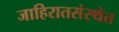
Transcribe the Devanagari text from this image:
जाहिरातसंस्थेत